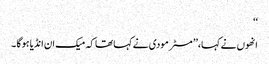
‘‘
انھوں نے کہا،’’ مسٹر مودی نے کہاتھا کہ میک ان انڈیا ہوگا ۔